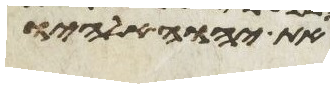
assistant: את יהוה אלהיו